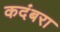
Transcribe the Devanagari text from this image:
कदंबरा